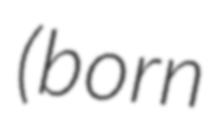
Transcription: (born